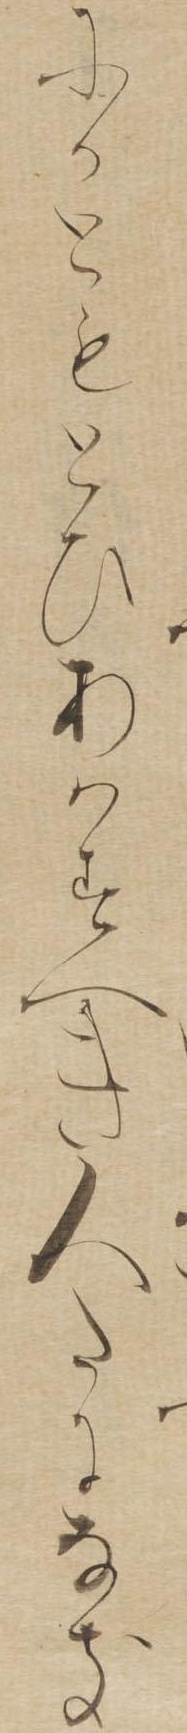
にかともとひあはすへき人たになき